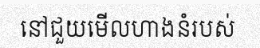
នៅជួយមើលហាងនំរបស់